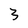
Character: 3